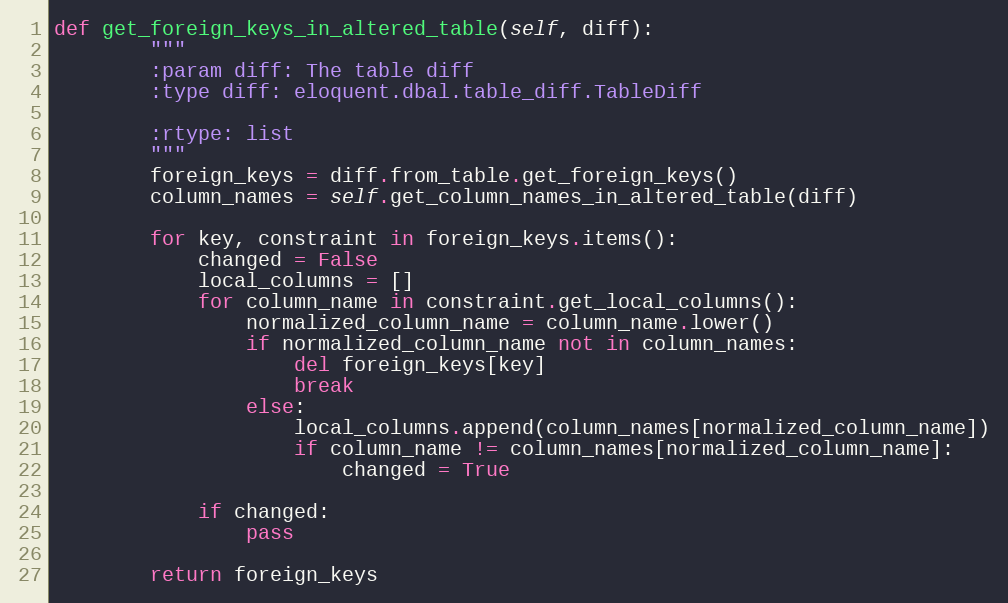
Language: Python
def get_foreign_keys_in_altered_table(self, diff):
        """
        :param diff: The table diff
        :type diff: eloquent.dbal.table_diff.TableDiff

        :rtype: list
        """
        foreign_keys = diff.from_table.get_foreign_keys()
        column_names = self.get_column_names_in_altered_table(diff)

        for key, constraint in foreign_keys.items():
            changed = False
            local_columns = []
            for column_name in constraint.get_local_columns():
                normalized_column_name = column_name.lower()
                if normalized_column_name not in column_names:
                    del foreign_keys[key]
                    break
                else:
                    local_columns.append(column_names[normalized_column_name])
                    if column_name != column_names[normalized_column_name]:
                        changed = True

            if changed:
                pass

        return foreign_keys